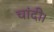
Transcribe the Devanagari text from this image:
चांदी।